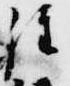
経